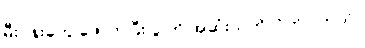
မီးပန်းတွေ ဖောက်ပြီး ပွဲ ကို အဆုံးသတ်လိုက်ပါတယ်။